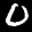
Label: 0